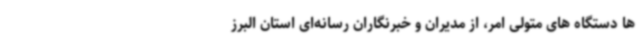
ها دستگاه های متولی امر، از مدیران و خبرنگاران رسانه‌ای استان البرز